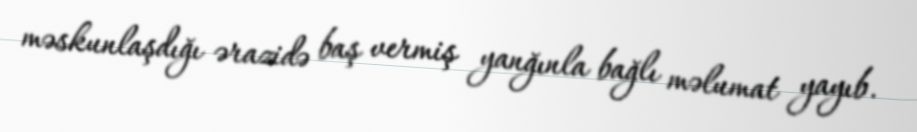
məskunlaşdığı ərazidə baş vermiş yanğınla bağlı məlumat yayıb.